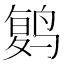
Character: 𱊔